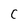
Character: C